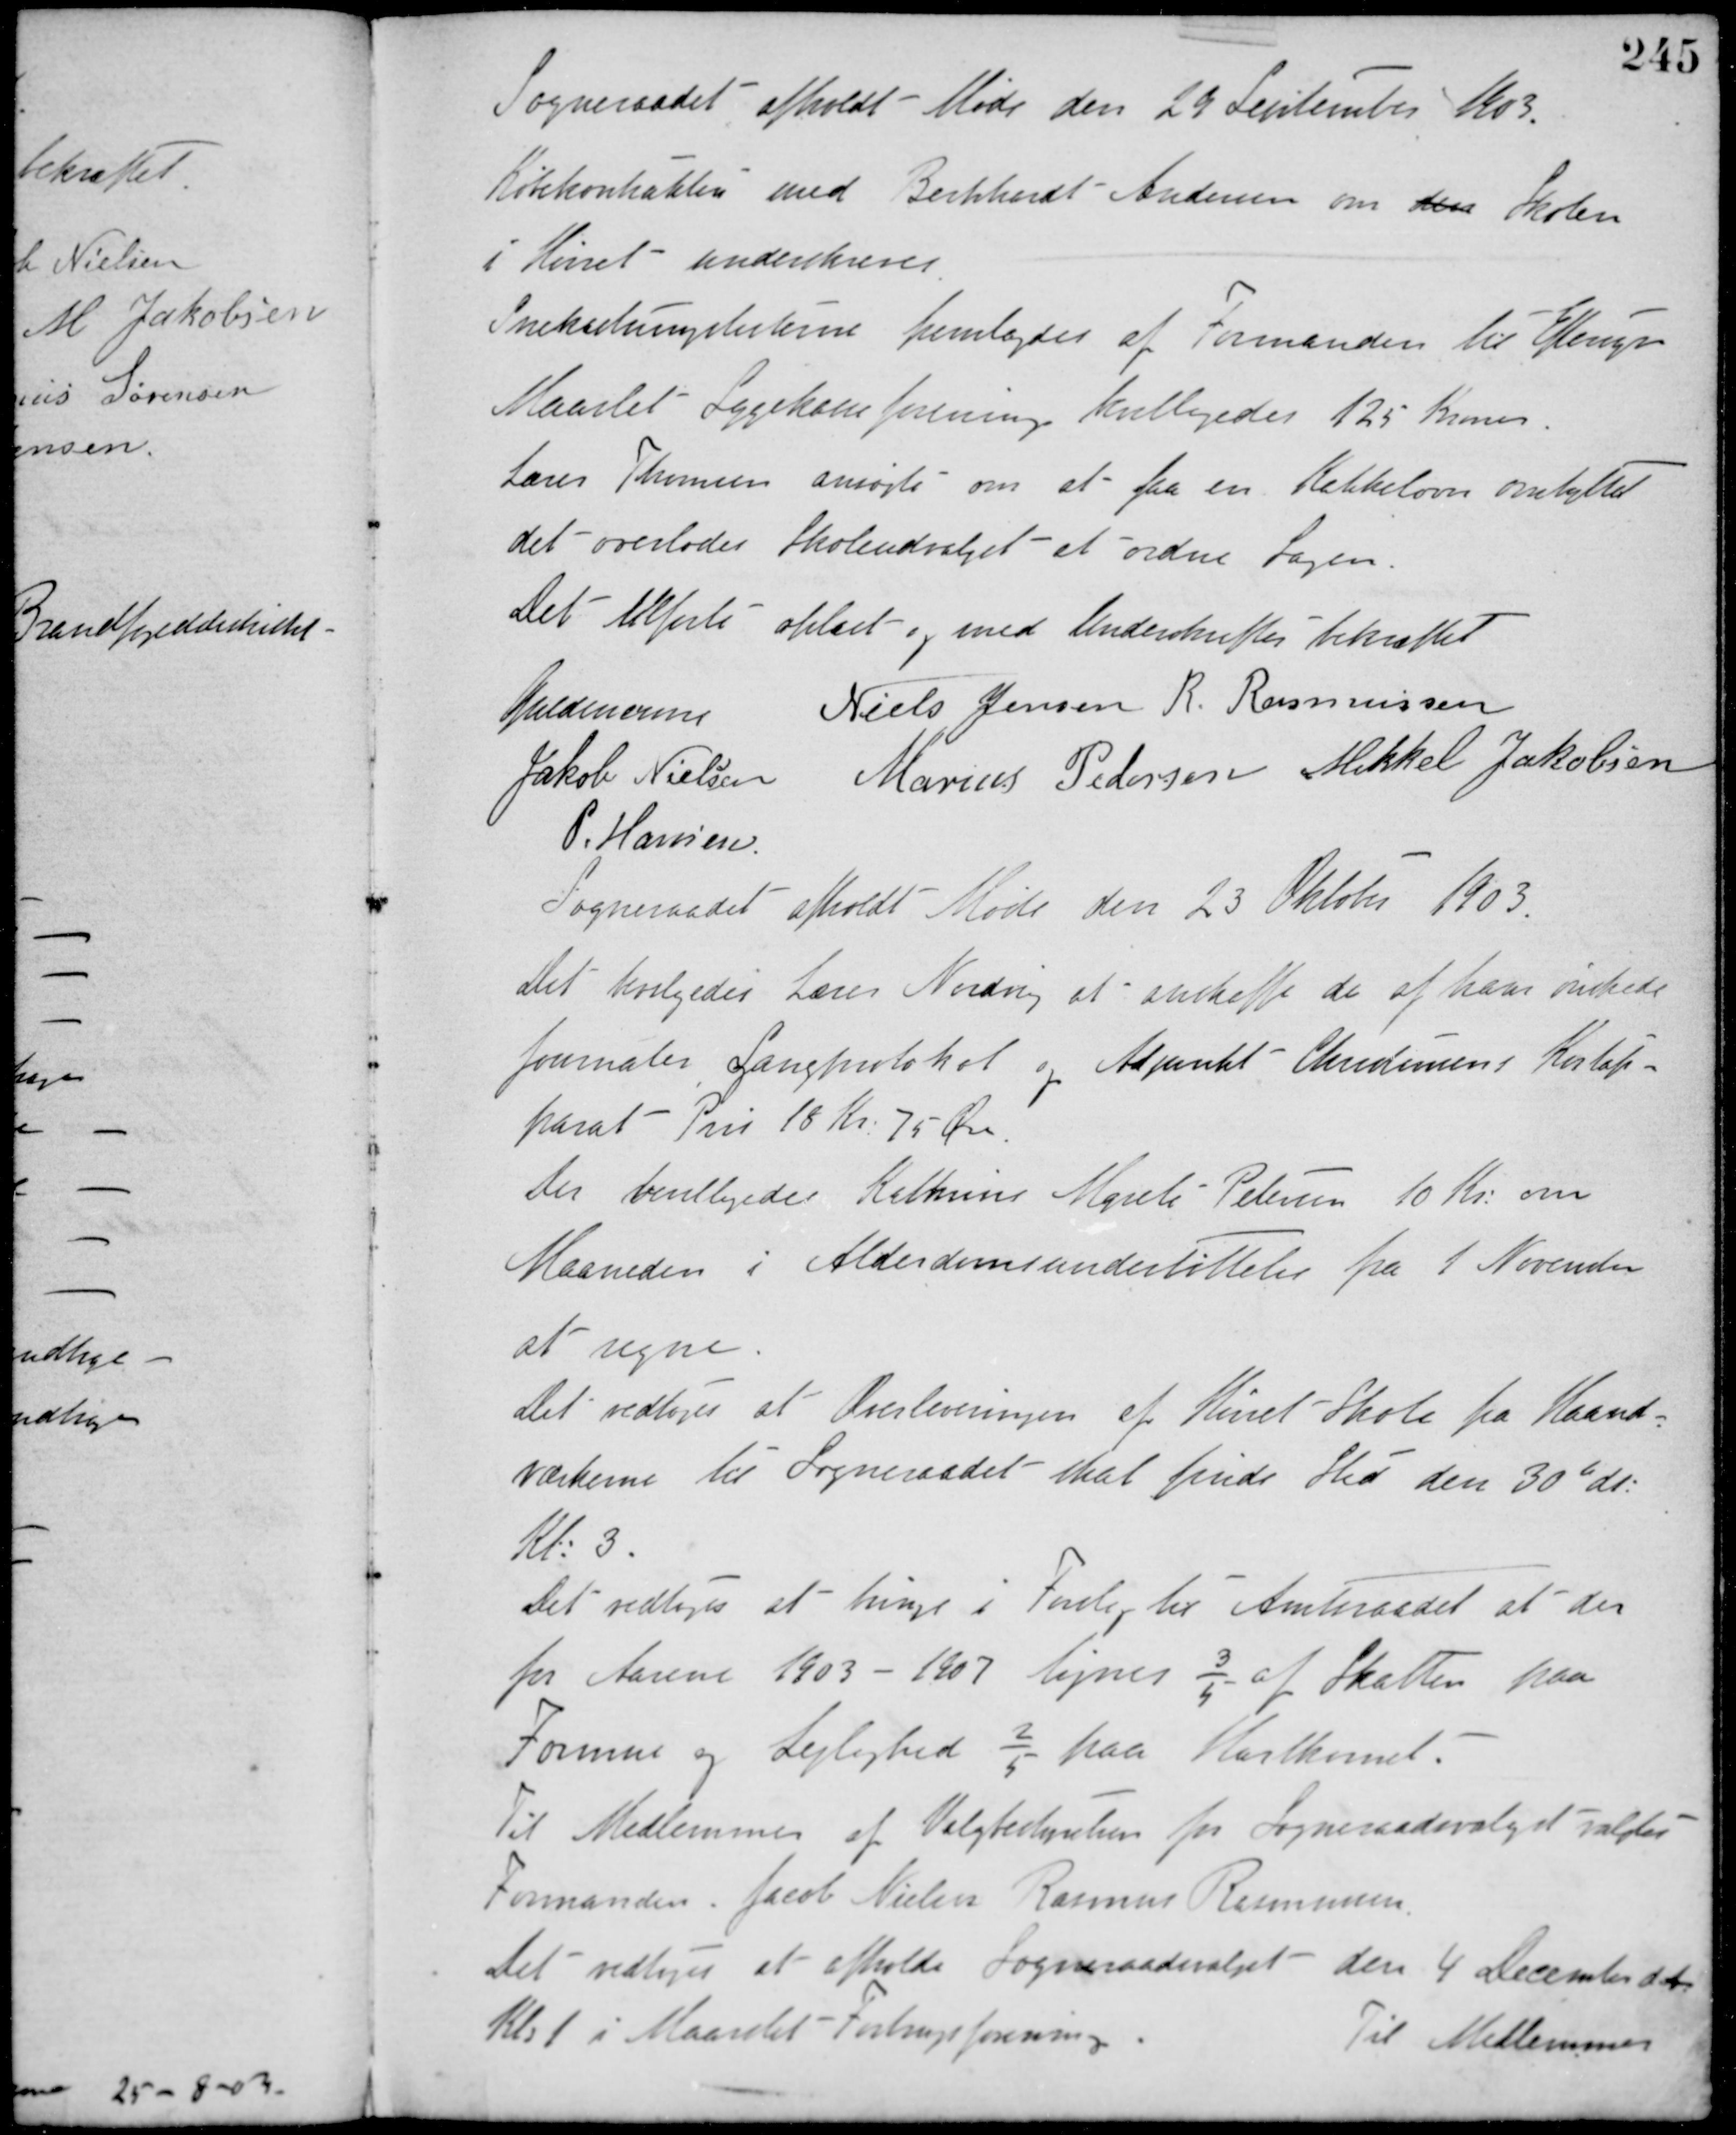
Transskription:
Sogneraadet afholdt Møde den 29 September 1903.
Købekontrakten med Bernhardt Andersen om den Skolen
i Hørret underskreves.
Snekastningslisterne fremlagdes af Formanden til Eftersyn
Maarslet Sygekasseforening bevilligedes 125 Kroner.
Lærer Thomsen ansøgte om at faa en Kakkelovn ombyttet
det overlodes Skoleudvalget at ordne Sagen.
Det tilførte oplæst og med Underskrifter bekræftet
Guldencrone Niels Jensen R. Rasmussen
Jakob Nielsen Marius Pedersen Mikkel Jakobsen
P. Hansen
Sogneraadet afholdt Møde den 23 Oktober 1903.
Det bevilgedes Lærer Nording at anskaffe de af ham ønskede
Journaler, Langprotokol og Adjunkt Christensens i Kortap-
parat Pris 18 Kr. 75 Øre.
Der bevilligedes Kathrine Merete Petersen 10 Kr. om
Maaneden i Alderdomsunderstøttelse fra 1 November
at regne.
Det vedtoges at Overleveringen af Hørret Skole fra Haand-
værkerne til Sogneraadet skal finde Sted den 30te ds.
Kl. 3.
Det vedtoges at bringe i Forslag til Amtsraadet at der
for Aarene 1903 - 1907 lignes 3/5 af Skatten paa
Formue og Lejlighed 2/5 paa Hartkornet.
Til Medlemmer af Valgbestyrelsen for Sogneraadsvalget valgtes
Formanden, Jacob Nielsen, Rasmus Rasmussen.
Det vedtoges at afholde Sogneraadsvalget den 4 December d. A.
Kl. 1 i Maarslet Forbrugsforening.
Til Medlemmer